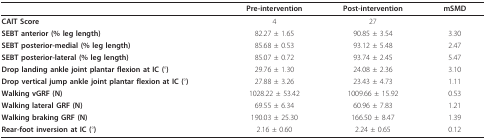
|  | Pre-intervention | Post-intervention | mSMD |
 | --- | --- | --- | --- |
 | CAIT Score | 4 | 27 |  |
 | SEBT anterior (% leg length) | 82.27 ± 1.65 | 90.85 ± 3.54 | 3.30 |
 | SEBT posterior-medial (% leg length) | 85.68 ± 0.53 | 93.12 ± 5.48 | 2.47 |
 | SEBT posterior-lateral (% leg length) | 85.07 ± 0.72 | 93.74 ± 2.45 | 5.47 |
 | Drop landing ankle joint plantar flexion at IC (°) | 29.76 ± 1.30 | 24.08 ± 2.36 | 3.10 |
 | Drop vertical jump ankle joint plantar flexion at IC (°) | 27.88 ± 3.26 | 23.43 ± 4.73 | 1.11 |
 | Walking vGRF (N) | 1028.22 ± 53.42 | 1009.66 ± 15.92 | 0.53 |
 | Walking lateral GRF (N) | 69.55 ± 6.34 | 60.96 ± 7.83 | 1.21 |
 | Walking braking GRF (N) | 190.03 ± 25.30 | 166.50 ± 8.47 | 1.39 |
 | Rear-foot inversion at IC (°) | 2.16 ± 0.60 | 2.24 ± 0.65 | 0.12 |